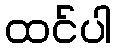
ထင်ပါ